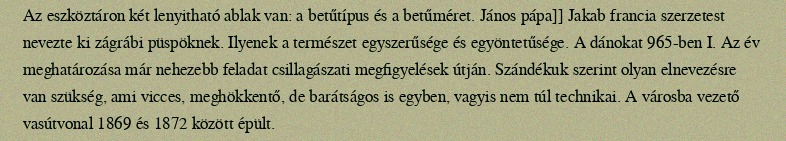
Az eszköztáron két lenyitható ablak van: a betűtípus és a betűméret. János pápa]] Jakab francia szerzetest nevezte ki zágrábi püspöknek. Ilyenek a természet egyszerűsége és egyöntetűsége. A dánokat 965-ben I. Az év meghatározása már nehezebb feladat csillagászati megfigyelések útján. Szándékuk szerint olyan elnevezésre van szükség, ami vicces, meghökkentő, de barátságos is egyben, vagyis nem túl technikai. A városba vezető vasútvonal 1869 és 1872 között épült.